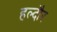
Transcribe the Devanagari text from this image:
हल्दौर